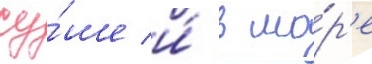
су́ше и́ в мо́р'е